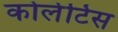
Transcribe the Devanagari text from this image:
कोलेटिस